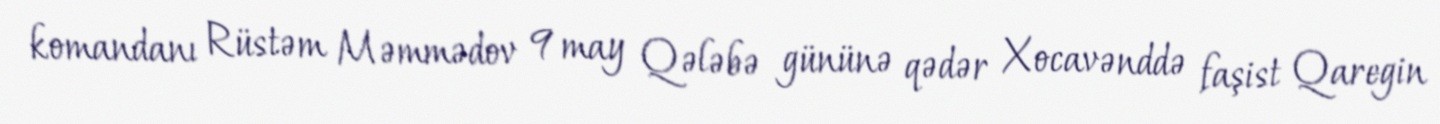
komandanı Rüstəm Məmmədov 9 may Qələbə gününə qədər Xocavənddə faşist Qaregin